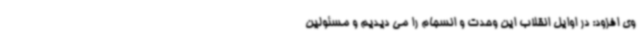
وی افزود: در اوایل انقلاب این وحدت و انسجام را می دیدیم و مسئولین